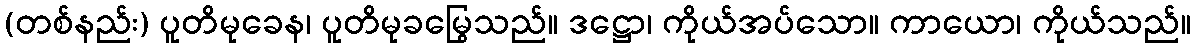
(တစ်နည်း) ပူတိမုခေန၊ ပူတိမုခမြွေသည်။ ဒဋ္ဌော၊ ကိုယ်အပ်သော။ ကာယော၊ ကိုယ်သည်။